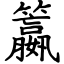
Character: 籝